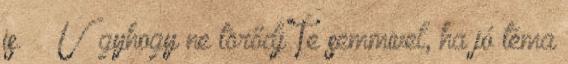
is. Úgyhogy ne törődj Te semmivel, ha jó téma